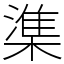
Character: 𬄕